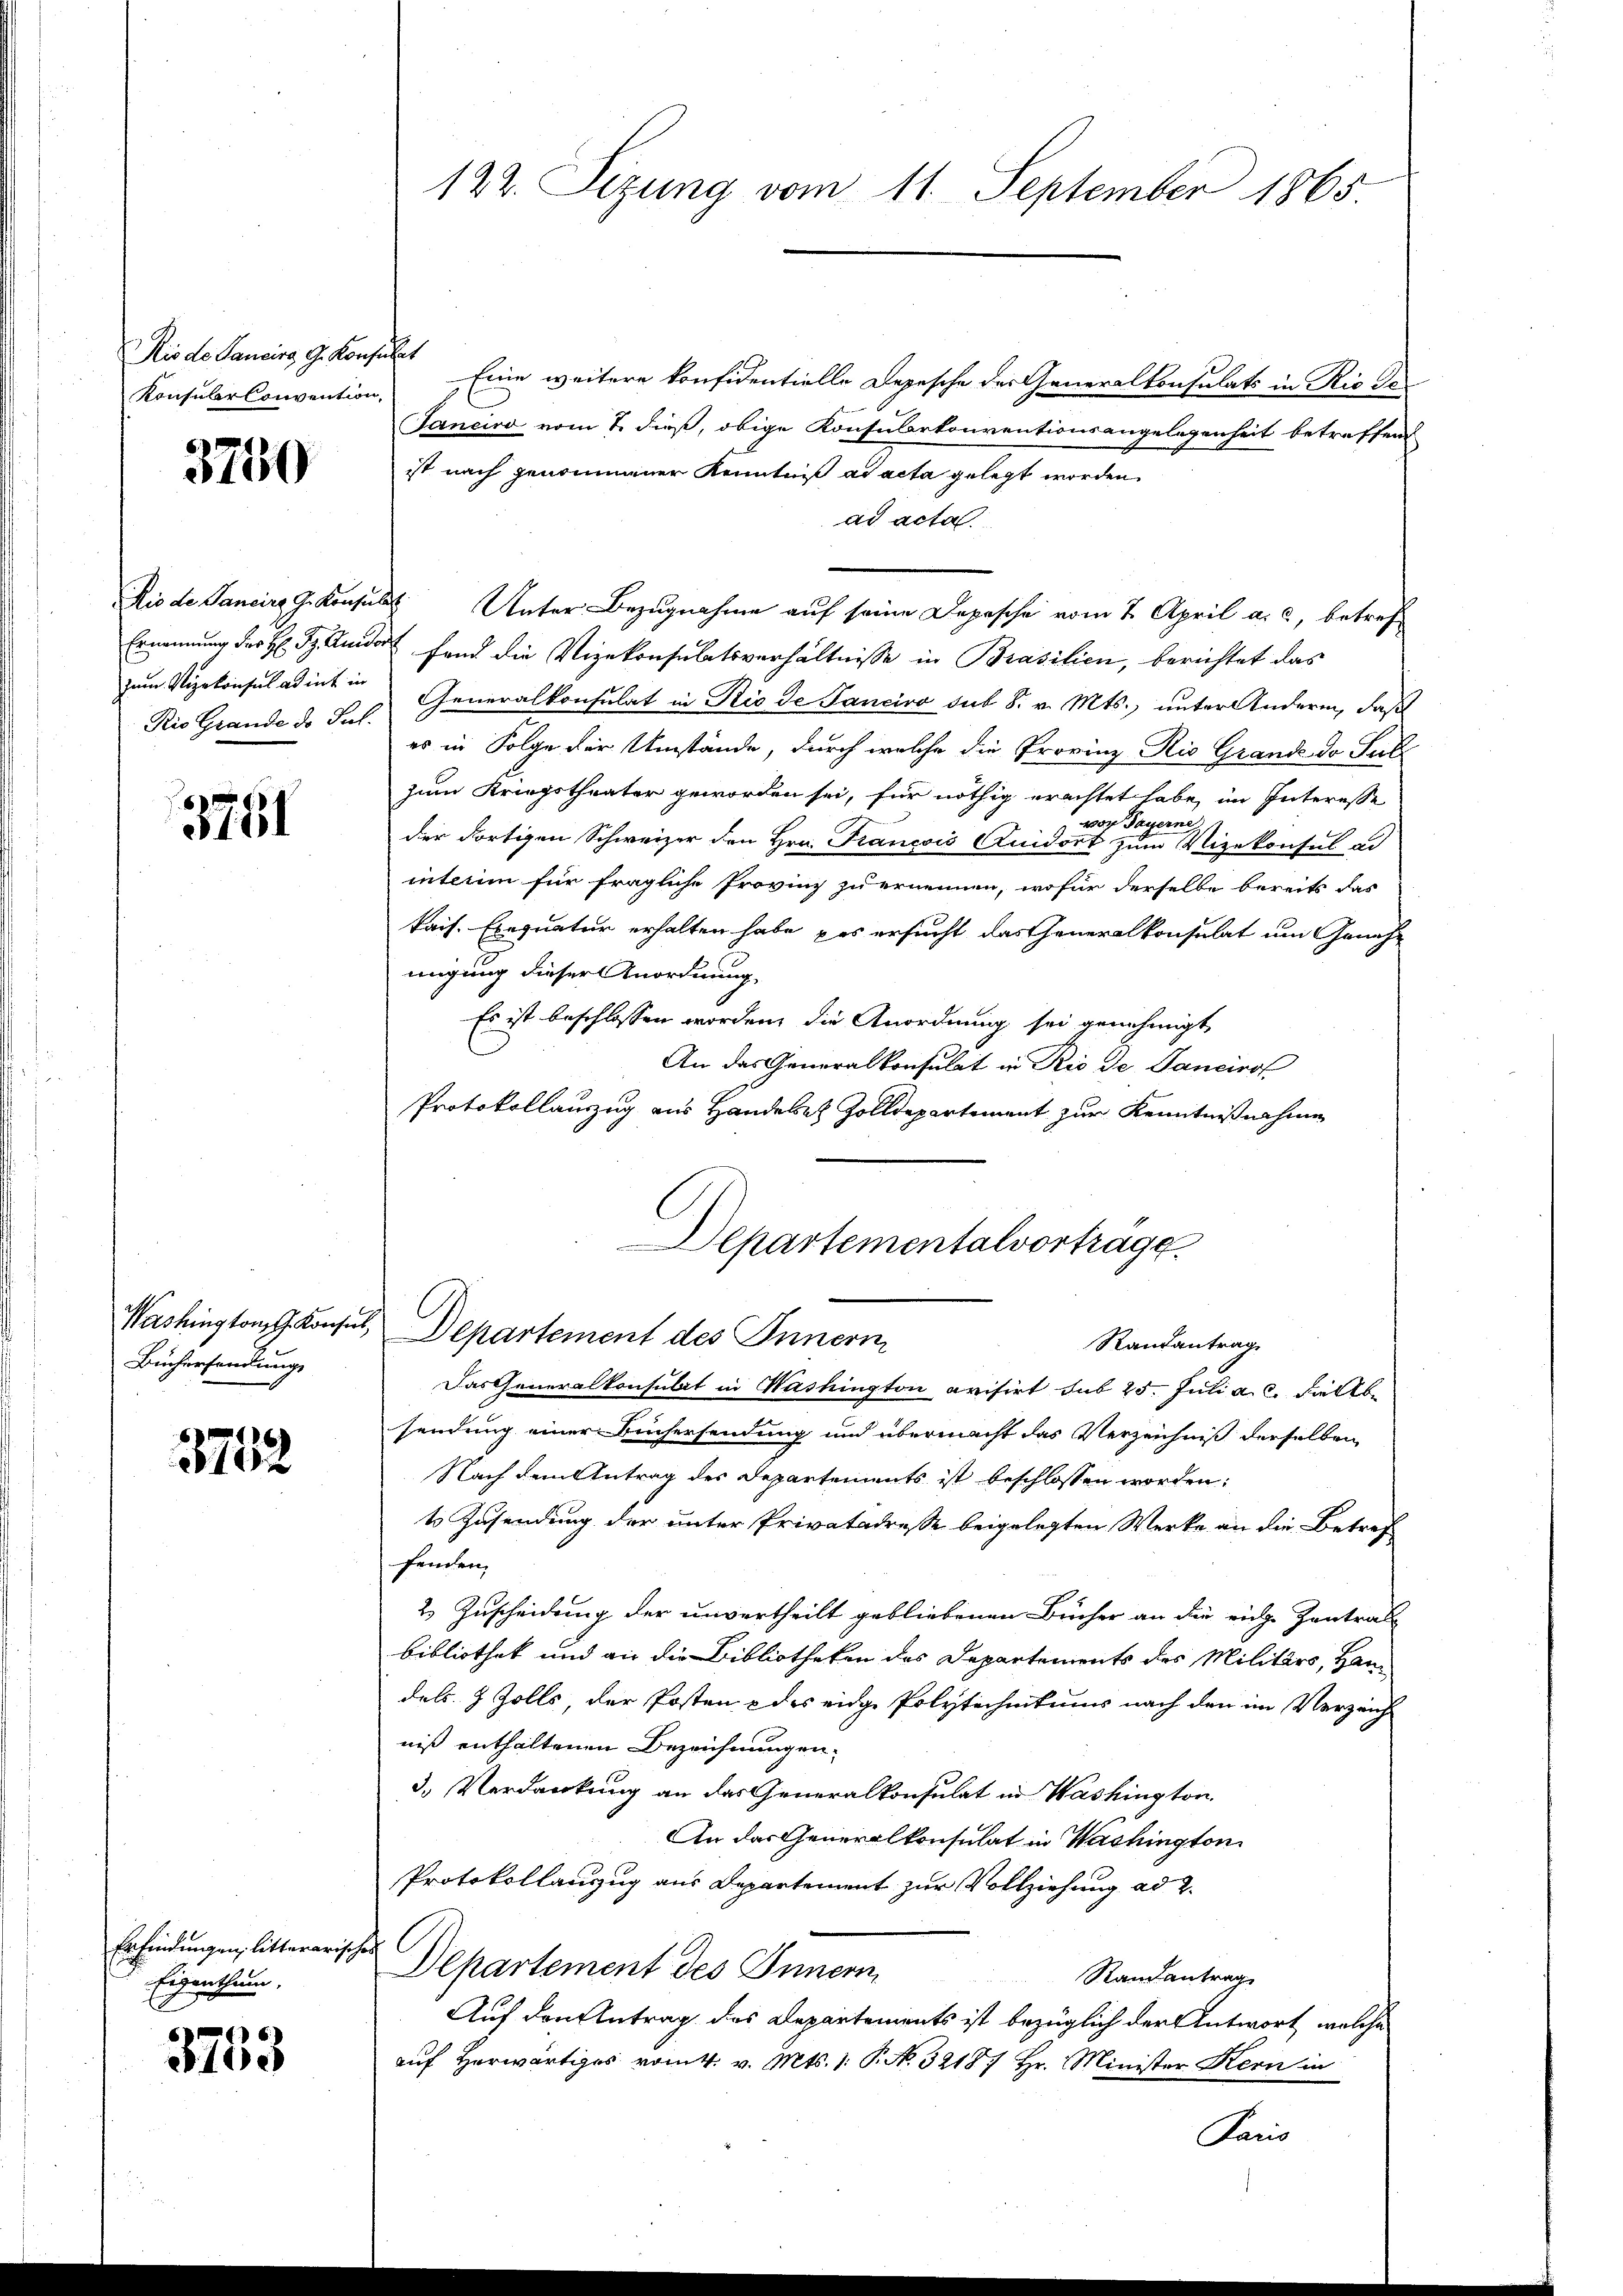
Rio de Sancirs 9. Konsulat
Konsular Convention,

3750

Rio Grande de Jul.

3791

Bücherhandlung

3752

Erfindungen, litterarischen C
Eigenthum.
2

3753

122. Sizung vom 11. September 1865.

Eine weitere konfidentielle Depesche der Generalkonsulats in Rio de
Janeiro vom 2. dieß, obige Konsularkonventionsangelegenheit betreffend
ist nach genommener Kenntniß ad acta gelegt worden.
ad acta.
Rio de Sancire Gekonsuls Unter Bezugnahme auf seine Depesche vom 2. April a. c., betref¬
Ernennung der H: Dr. Andert fand die Vizekonsulatsverhältnisse in Brasilien, berichtet das
zum Vizekonsulatint in Generalkonsulat in Rio de Panciro sub 8. v. Mts., unter Andere, daß
es in Folge der Umstände, durch welche die Provinz Rio Grand do Sul
zum Kriegstheater geworden sei, für nöthig erachtet habe, im Interesse
von Payerne
der dortigen Schweizer den Hrn. Francois Lundort zum Vizekonsul ad
interm für fragliche Provinz zu ernennen, wofür derselbe bereits das
kais. Exequatur erhalten habe des ersucht das Generalkonsulat um Geneh-
migung dieser Anordnung
Es ist beschlossen worden, die Anordnung sei genehmigt
An das Generalkonsulat in Rio de Tancirol
Protokollauszug aus Handelst Zolldepartement zur Kenntnißnahme

Departementalvortrage
Washington, G. Konses, Departement des Innern
Randantrag

Das Generalkonsulat in Washington avisirt sub 25. Juli a. c. Fälle
sendung einer Büchersendung und übermacht das Verzeichniß derselben
Nach dem Antrag des Departements ist beschlossen worden:
t Zusendung der unter Privatadresse beigelegten Werke an die Betref
fenden.
2 Zuscheidung der unvertheilt gebliebenen Bücher an die eidge Zentrat
bibliothek und an die Bibliotheken des Departements des Militärs, Handels. 4 Zolls, der Posten & des eidge Polytechnitums nach den im Verzeich
niß enthaltenen Bezeichnungen.
3.) Verdankung an das Generalkonsulat in Washington
An das Generalkonsulat in Washington
Protokollanzug aus Departement zur Vollziehung ad 2.
Departement des Innern
Randantrag
Auf den Antrag des Departements ist bezüglich der Antwort, welche
auf Herwärtiges vom 4. v. Mts. 1. P. No. 3218/ Hr. Minister Kern in
Paris